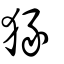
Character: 猭